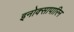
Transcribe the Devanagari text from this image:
इनोक्सापारिन